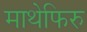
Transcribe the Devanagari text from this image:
माथेफिरु